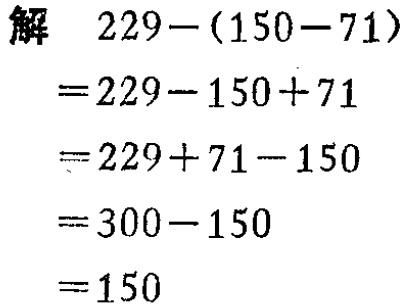
\[
\begin{align*}
&解\quad229-(150 - 71)\\
=&229-150 + 71\\
=&229 + 71-150\\
=&300-150\\
=&150
\end{align*}
\]